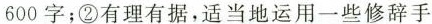
600字；②有理有据，适当地运用一些修辞手